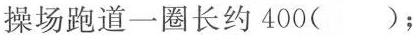
操场跑道一圈长约400()；